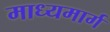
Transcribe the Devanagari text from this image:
माध्यमार्ग